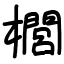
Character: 櫚